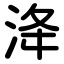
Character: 洚